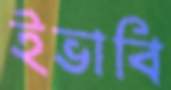
ইভাবি